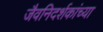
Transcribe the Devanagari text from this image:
जैवनिदर्शकांच्या